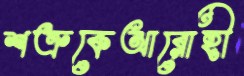
শত্রুকেআরোহী